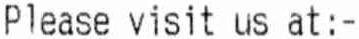
PLEASE VISIT US AT:-